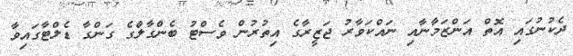
ދެކުނުގައި އޮތް އަންޒަމާނާއި ނައްކަވާރު ޖަޒީރާގެ އިތުރުން ވެސްޓު ބެންގާލްގެ ގަންގާ ޑެލްޓާގައިވާ